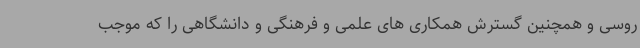
روسی و همچنین گسترش همکاری های علمی و فرهنگی و دانشگاهی را که موجب